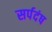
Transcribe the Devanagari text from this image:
सर्पदंष